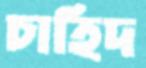
চাহিদ